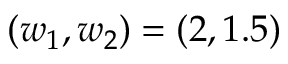
( w _ { 1 } , w _ { 2 } ) = ( 2 , 1 . 5 )